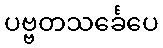
ပဗ္ဗတသင်္ခေပေ